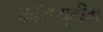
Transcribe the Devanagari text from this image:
कॉम्प्युटीग